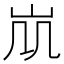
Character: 𡵷